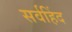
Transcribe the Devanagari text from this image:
सर्वहिंद